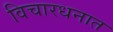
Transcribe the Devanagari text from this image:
विचारधनात